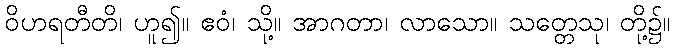
ဝိဟရတီတိ၊ ဟူ၍။ ဧဝံ၊ သို့။ အာဂတာ၊ လာသော။ သတ္တေသု၊ တို့၌။